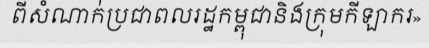
ពីសំណាក់ប្រជាពលរដ្ឋកម្ពុជានិងក្រុមកីឡាករ»